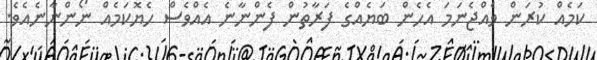
ކަމެއް ކުރަން ވެއްޖެނަމަ އެހެން ބަޔެއްގެ ފަރާތުން ފެންނާނެ އެއްވެސް ހެޔޮކަމެއް ނޯންނާނެއެވެ.